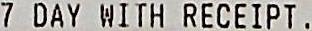
7 DAY WITH RECEIPT .